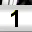
Digit: 1